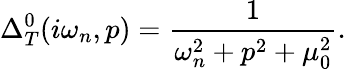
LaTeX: \Delta_{T}^{0}(i\omega_{n},p)=\frac{1}{\omega_{n}^{2}+p^{2}+\mu_{0}^{2}}.